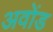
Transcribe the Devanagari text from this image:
अवोंड